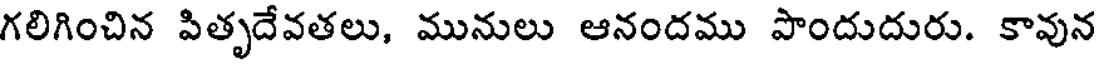
గలిగించిన పితృదేవతలు, మునులు ఆనందము పొందుదురు. కావున